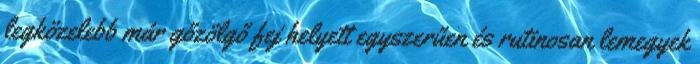
legközelebb már gőzölgő fej helyett egyszerűen és rutinosan lemegyek